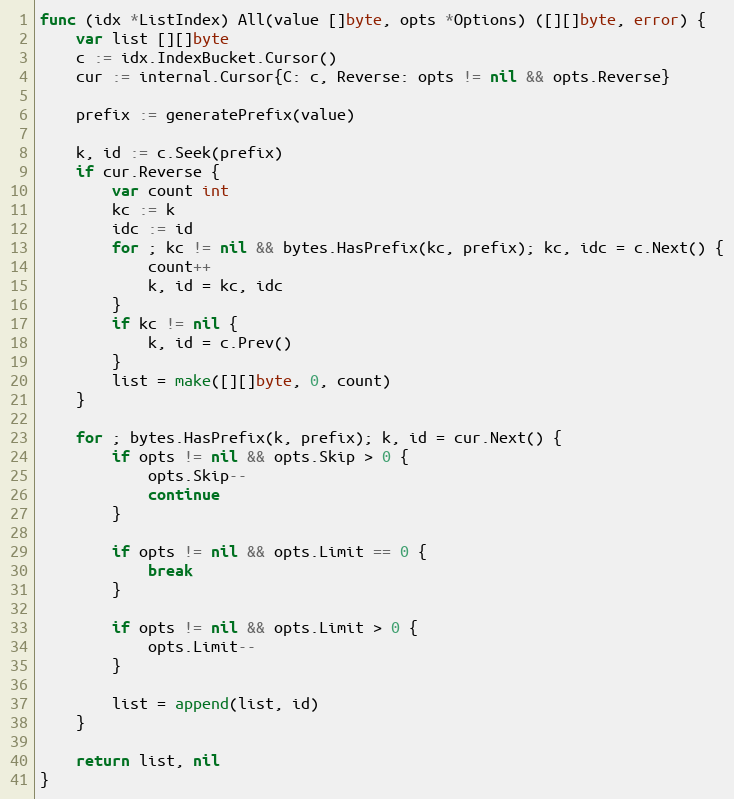
Language: Go
func (idx *ListIndex) All(value []byte, opts *Options) ([][]byte, error) {
	var list [][]byte
	c := idx.IndexBucket.Cursor()
	cur := internal.Cursor{C: c, Reverse: opts != nil && opts.Reverse}

	prefix := generatePrefix(value)

	k, id := c.Seek(prefix)
	if cur.Reverse {
		var count int
		kc := k
		idc := id
		for ; kc != nil && bytes.HasPrefix(kc, prefix); kc, idc = c.Next() {
			count++
			k, id = kc, idc
		}
		if kc != nil {
			k, id = c.Prev()
		}
		list = make([][]byte, 0, count)
	}

	for ; bytes.HasPrefix(k, prefix); k, id = cur.Next() {
		if opts != nil && opts.Skip > 0 {
			opts.Skip--
			continue
		}

		if opts != nil && opts.Limit == 0 {
			break
		}

		if opts != nil && opts.Limit > 0 {
			opts.Limit--
		}

		list = append(list, id)
	}

	return list, nil
}